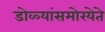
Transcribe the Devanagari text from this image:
डोळ्यांसमोरयेते